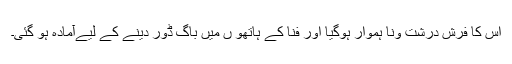
اس کا فرش درشت ونا ہموار ہوگیا اور فنا کے ہاتھو ں میں باگ ڈور دینے کے ليےآمادہ ہو گئی۔